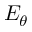
E _ { \theta }